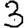
Digit: 3